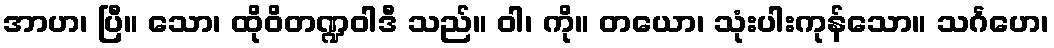
အာဟ၊ ပြီ။ သော၊ ထိုဝိတဏ္ဍဝါဒီ သည်။ ဝါ၊ ကို။ တယော၊ သုံးပါးကုန်သော။ သင်္ဂဟေ၊